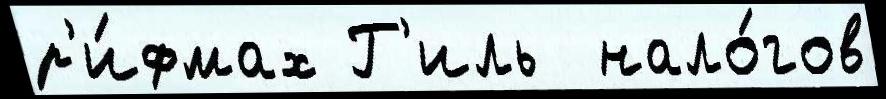
р'и́фмах Г'иль  нало́гов